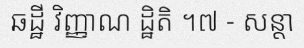
ឆដ្ឋី វិញ្ញាណ ដ្ឋិតិ ។៧ - សន្តា